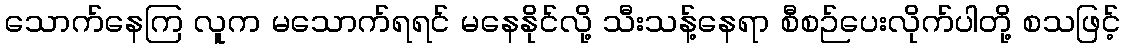
သောက်နေကြ လူက မသောက်ရရင် မနေနိုင်လို့ သီးသန့်နေရာ စီစဉ်ပေးလိုက်ပါတို့ စသဖြင့်